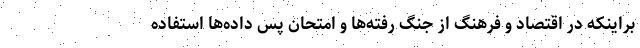
براینکه در اقتصاد و فرهنگ از جنگ رفته‌ها و امتحان پس داده‌ها استفاده